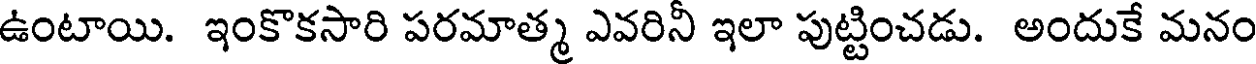
ఉంటాయి. ఇంకొకసారి పరమాత్మ ఎవరినీ ఇలా పుట్టించడు. అందుకే మనం